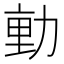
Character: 𭄴